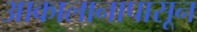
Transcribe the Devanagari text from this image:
आकालानापासून